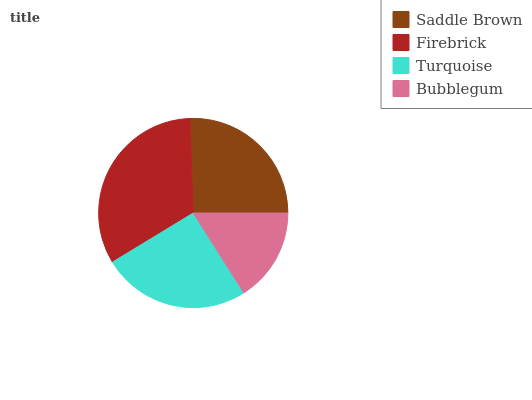
| Saddle Brown | Firebrick | Turquoise | Bubblegum |
 | --- | --- | --- | --- |
 | 25.6% | 33.1% | 25.3% | 16.1% |